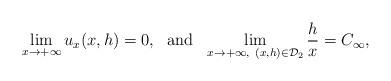
LaTeX: \begin{align*}\lim\limits_{x\rightarrow+\infty} u_x(x,h) = 0,~~\mathrm{and}~~\lim\limits_{x\rightarrow+\infty,~ (x,h)\in\mathcal{D}_2} \frac{h}{x} = C_\infty,\end{align*}